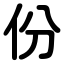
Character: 份